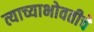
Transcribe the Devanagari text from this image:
त्याच्याभोवतीचे